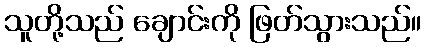
သူတို့သည် ချောင်းကို ဖြတ်သွားသည်။